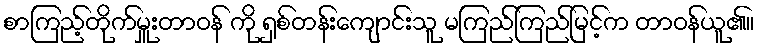
စာကြည့်တိုက်မှူးတာဝန် ကို ရှစ်တန်းကျောင်းသူ မကြည်ကြည်မြင့်က တာဝန်ယူ၏။